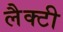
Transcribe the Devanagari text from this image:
लैक्टी